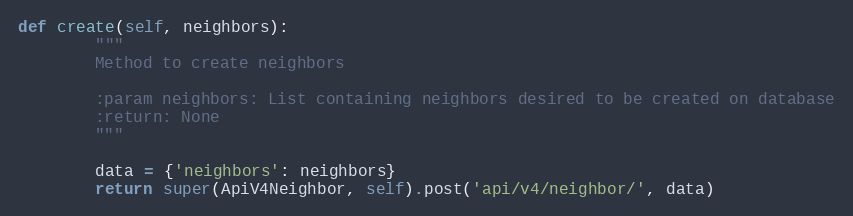
Language: Python
def create(self, neighbors):
        """
        Method to create neighbors

        :param neighbors: List containing neighbors desired to be created on database
        :return: None
        """

        data = {'neighbors': neighbors}
        return super(ApiV4Neighbor, self).post('api/v4/neighbor/', data)